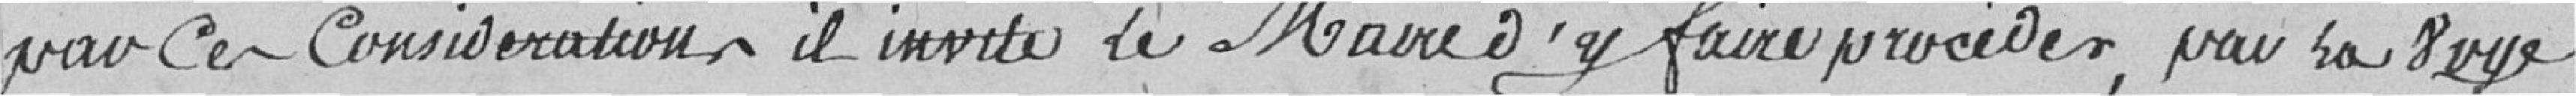
par ces considérations, il invite le Maire d'y faire procéder, par la voie